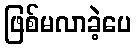
ဖြစ်မလာခဲ့ပေ